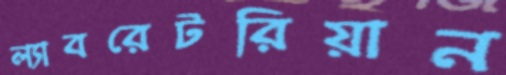
ল্যাবরেটরিয়ান